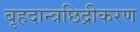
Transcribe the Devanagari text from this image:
बृहदान्त्रछिद्रीकरण